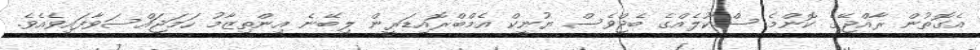
އެގޮތުން ރާއްޖޭގެ ކޮންމެ ސްކޫލެއްގެ ބެޖްވެސް ޔުނީކް އެމްބްރޮއިޑަރީން ލިބޭނެ އިންތިޒާމު ހަމަޖައްސަވާފައިވެއެވެ.